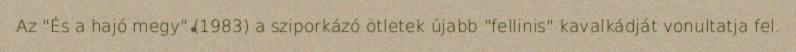
Az "És a hajó megy" (1983) a sziporkázó ötletek újabb "fellinis" kavalkádját vonultatja fel.